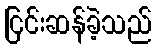
ငြင်းဆန်ခဲ့သည်